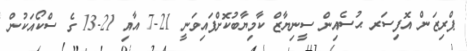
ޕްރިޒަން އޮފިސަރ ޙުސެއިން ސީނިޔާޒް ކާމިޔާބުކޮށްފައިވަނީ 21-7 އާއި 21-13 ގެ ސްކޯއަކުން